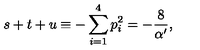
s + t + u \equiv - \sum _ { i = 1 } ^ { 4 } p _ { i } ^ { 2 } = - \frac { 8 } { \alpha ^ { \prime } } ,